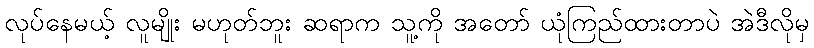
လုပ်နေမယ့် လူမျိုး မဟုတ်ဘူး ဆရာက သူ့ကို အတော် ယုံကြည်ထားတာပဲ အဲဒီလိုမှ